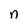
Character: n